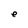
Character: e